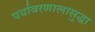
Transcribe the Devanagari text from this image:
पर्यावरणालासुद्धा